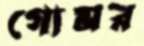
গোমর